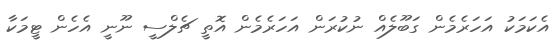
އެކަމަކު އަހަރެމެން ގަބޫލެއް ނުކުރަން އަހަރެމެން އޮތީ ޗެލްސީ ނޫނީ އެހެން ޓީމަކާ